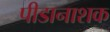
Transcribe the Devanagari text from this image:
पीडानाशक